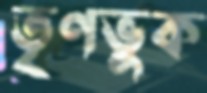
তৃণভুক